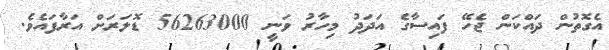
އެގޮތުން ދައްކަން ޖެހޭ ފައިސާގެ އަދަދު މިހާރު ވަނީ 56263000 ޑޮލަރަށް އަރާފައެވެ.